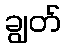
ချွတ်